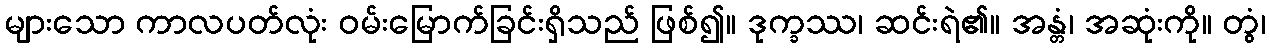
များသော ကာလပတ်လုံး ဝမ်းမြောက်ခြင်းရှိသည် ဖြစ်၍။ ဒုက္ခဿ၊ ဆင်းရဲ၏။ အန္တံ၊ အဆုံးကို။ တွံ၊